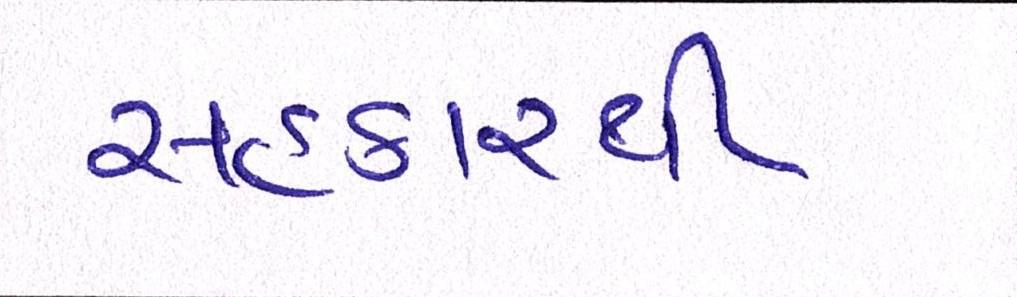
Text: સહકારથી